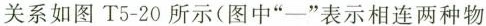
关系如图T5-20所示(图中“—”表示相连两种物